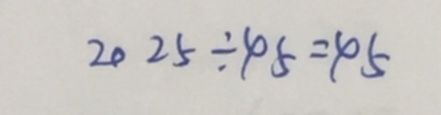
2 0 2 5 \div 4 5 = 4 5